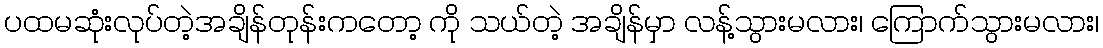
ပထမဆုံးလုပ်တဲ့အချိန်တုန်းကတော့ ကို သယ်တဲ့ အချိန်မှာ လန့်သွားမလား၊ ကြောက်သွားမလား၊